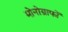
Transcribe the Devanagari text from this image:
मोनोग्राफों